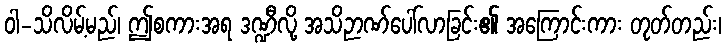
ဝါ-သိလိမ့်မည်၊ ဤစကားအရ ဒဏ္ဍီလို့ အသိဉာဏ်ပေါ်လာခြင်း၏ အကြောင်းကား တုတ်တည်း၊